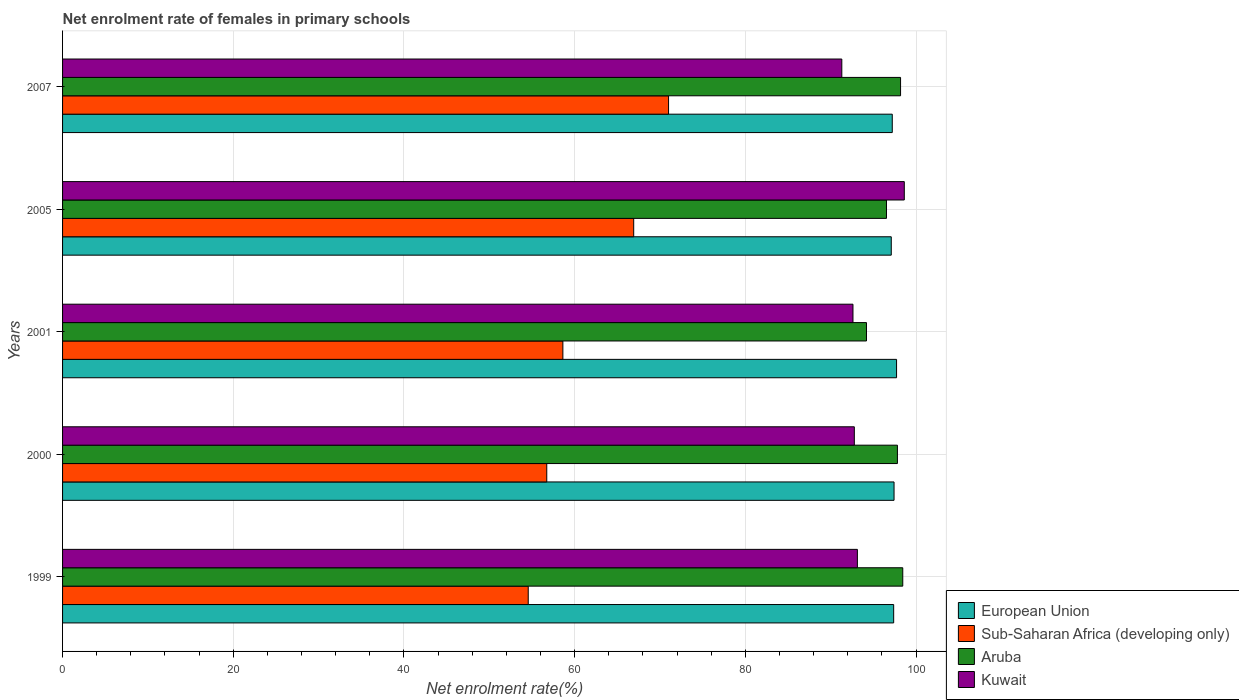
| Years | European Union | Sub-Saharan Africa (developing only) | Aruba | Kuwait |
 | --- | --- | --- | --- | --- |
 | 1999 | 97.4 | 54.6 | 98.4 | 93.1 |
 | 2000 | 97.4 | 56.7 | 97.8 | 92.8 |
 | 2001 | 97.7 | 58.6 | 94.2 | 92.6 |
 | 2005 | 97.1 | 66.9 | 96.5 | 98.6 |
 | 2007 | 97.2 | 71 | 98.2 | 91.3 |